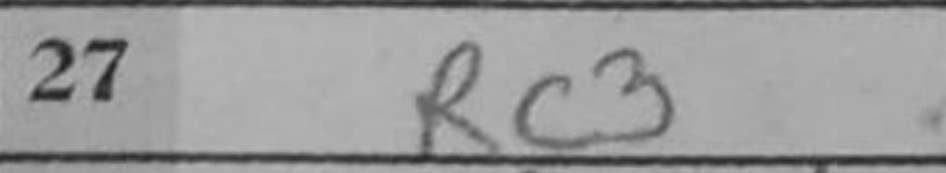
Transcription: Rc3